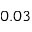
0 . 0 3